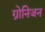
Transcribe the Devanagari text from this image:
ग्रोनिजन